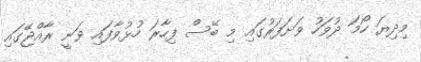
މިދިޔަ ހޯމަ ދުވަހު ވަށަފަރުގައި މި ބޭސް ފިހާރަ ހުޅުވާފައި ވަނީ ރާއްޖޭގައި